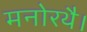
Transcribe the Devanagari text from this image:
मनोरथै।